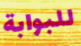
للبوابة